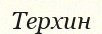
Терхин